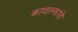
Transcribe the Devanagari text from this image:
कावाल्कांती